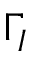
\Gamma _ { I }